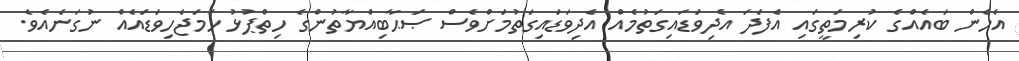
އެހެން ބައެއްގެ ކުރިމަތީގައި އެފަދަ އެދިވަޑައިގަތުމެއް އެދިވަޑައިގަތުމަށްވެސް ޞަޙާބިއްޔާތުންގެ ހިތްޕުޅު ހަމަޖެހިވަޑައެއް ނުގަނެއެވެ.